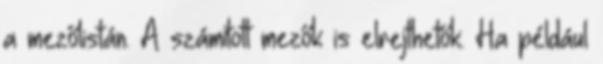
a mezőlistán. A számított mezők is elrejthetők. Ha például